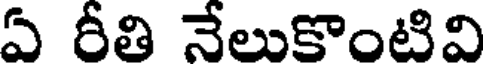
ఏ రీతి నేలుకొంటివి